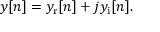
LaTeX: y [ n ] = y _ { \mathrm { r } } [ n ] + j y _ { \mathrm { i } } [ n ] .